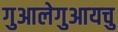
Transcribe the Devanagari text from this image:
गुआलेगुआयचु